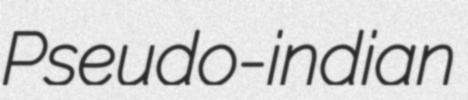
Pseudo-indian